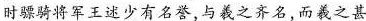
时骠骑将军王述少有名誉,与羲之齐名,而羲之甚